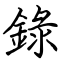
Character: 錄